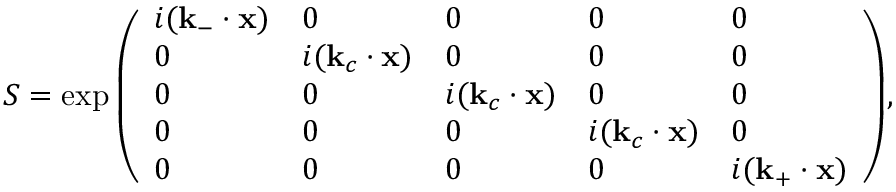
S = \exp { \left( \begin{array} { l l l l l } { i ( \mathbf { k } _ { - } \cdot \mathbf { x } ) } & { 0 } & { 0 } & { 0 } & { 0 } \\ { 0 } & { i ( \mathbf { k } _ { c } \cdot \mathbf { x } ) } & { 0 } & { 0 } & { 0 } \\ { 0 } & { 0 } & { i ( \mathbf { k } _ { c } \cdot \mathbf { x } ) } & { 0 } & { 0 } \\ { 0 } & { 0 } & { 0 } & { i ( \mathbf { k } _ { c } \cdot \mathbf { x } ) } & { 0 } \\ { 0 } & { 0 } & { 0 } & { 0 } & { i ( \mathbf { k } _ { + } \cdot \mathbf { x } ) } \end{array} \right) } ,